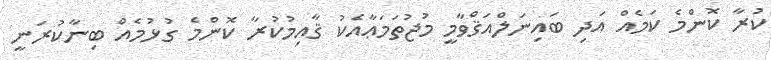
ކުރާ ކޮންމެ ކަމެއް އަދި ބައިނަލްއަޤްވާމީ މުޖުތަމަޢާއެކު ޤާއިމުކުރާ ކޮންމެ ގުޅުމެއް ބިނާކުރަނީ